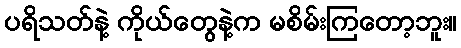
ပရိသတ်နဲ့ ကိုယ်တွေနဲ့က မစိမ်းကြတော့ဘူး။